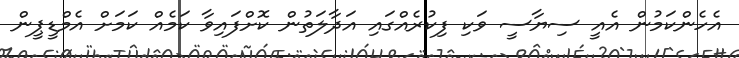
އެހެންކަމުން އެއީ ސިޔާސީ ވަކި ފިކުރެއްގައި އަދާލަތުން ކޮށްފައިވާ ކަމެއް ކަމަށް އެމްޑީޕީން